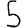
Digit: 5